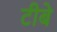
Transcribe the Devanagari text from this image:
टीबे